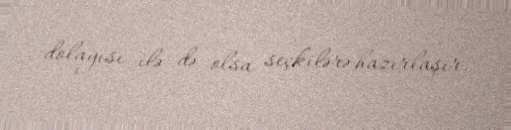
dolayısı ilə də olsa seçkilərə hazırlaşır.